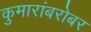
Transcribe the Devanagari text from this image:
कुमारांबरोबर